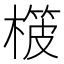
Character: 𣙨